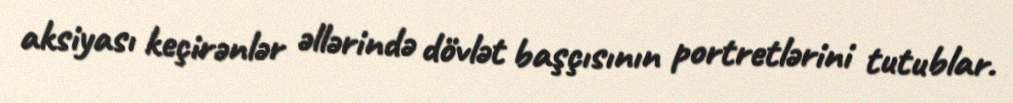
aksiyası keçirənlər əllərində dövlət başçısının portretlərini tutublar.